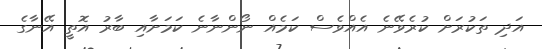
އަދި ތަކުރަށް ކުރެވޭނެ އެއްވެސް ކަމެއް ނޯންނާނެ ކަމަށާއި ބާރު އޮތީ އޭނާގެ